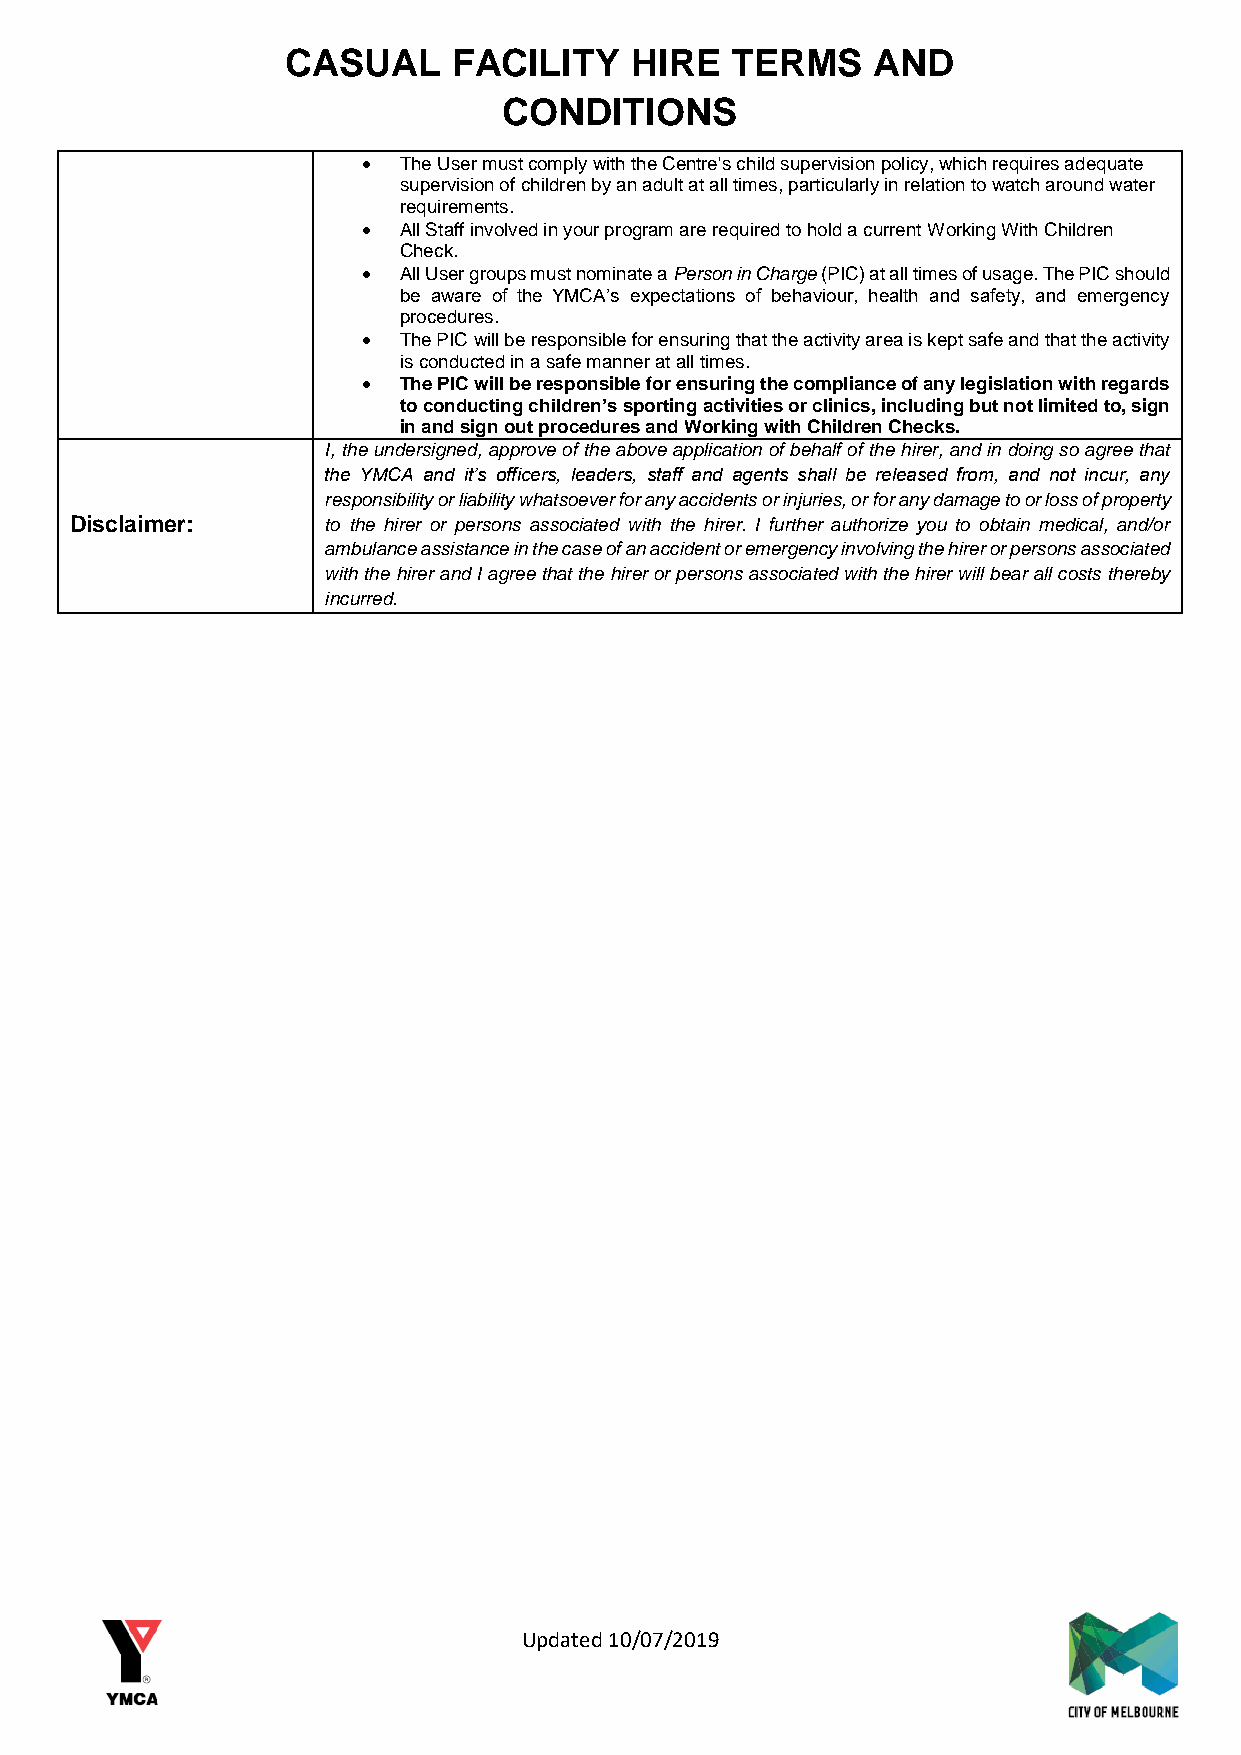
CASUAL     FACILITY    HIRE  TERMS     AND
 CONDITIONS
  The User must comply with the Centre's child supervision policy, which requires adequate
 supervision of children by an adult at all times, particularly in relation to watch around water
 requirements.
  All Staff involved in your program are required to hold a current Working With Children
 Check.
  All User groups must nominate a Person in Charge (PIC) at all times of usage. The PIC should
 be aware of the YMCA’s expectations of behaviour, health and safety, and emergency
 procedures.
  The PIC will be responsible for ensuring that the activity area is kept safe and that the activity
 is conducted in a safe manner at all times.
  The PIC will be responsible for ensuring the compliance of any legislation with regards
 to conducting children’s sporting activities or clinics, including but not limited to, sign
 in and sign out procedures and Working with Children Checks.
 I, the undersigned, approve of the above application of behalf of the hirer, and in doing so agree that
 the YMCA and it’s officers, leaders, staff and agents shall be released from, and not incur, any
 responsibility or liability whatsoever for any accidents or injuries, or for any damage to or loss of property
 Disclaimer:     to the hirer or persons associated with the hirer. I further authorize you to obtain medical, and/or
 ambulance assistance in the case of an accident or emergency involving the hirer or persons associated
 with the hirer and I agree that the hirer or persons associated with the hirer will bear all costs thereby
 incurred.
 Updated 10/07/2019